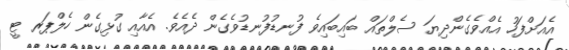
އެއަށްފަހު އެއްވެގެންދިޔަ ސެލްތައް ބައިބައިވެ ފުނޑުފުނޑުވެގެން ދެއެވެ. އެއާއި ގުޅިގެން ހެލްޕަރ ޓީ